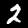
Digit: 2